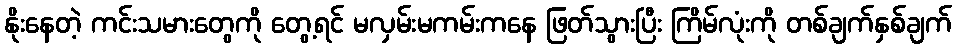
နိုးနေတဲ့ ကင်းသမားတွေကို တွေ့ရင် မလှမ်းမကမ်းကနေ ဖြတ်သွားပြီး ကြိမ်လုံးကို တစ်ချက်နှစ်ချက်